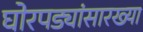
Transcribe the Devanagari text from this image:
घोरपड्यांसारख्या